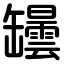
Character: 罎